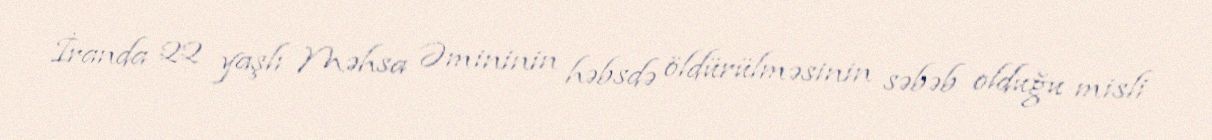
İranda 22 yaşlı Məhsa Əmininin həbsdə öldürülməsinin səbəb olduğu misli